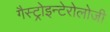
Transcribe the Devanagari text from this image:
गैस्ट्रोइन्टेरोलोजी